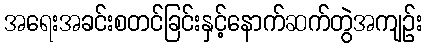
အရေးအခင်းစတင်ခြင်းနှင့်နောက်ဆက်တွဲအကျဉ်း